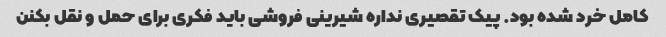
کامل خرد شده بود. پیک تقصیرى نداره شیرینى فروشی باید فکرى براى حمل و نقل بکنن